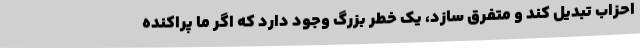
احزاب تبدیل کند و متفرق سازد، یک خطر بزرگ وجود دارد که اگر ما پراکنده